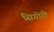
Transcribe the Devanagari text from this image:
सिगोरी